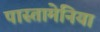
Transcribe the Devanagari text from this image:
पास्तामेनिया